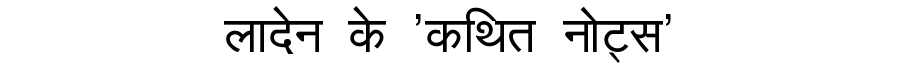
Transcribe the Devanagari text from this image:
लादेन के 'कथित नोट्स'